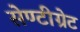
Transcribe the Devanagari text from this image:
सेण्टीग्रेट